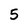
Character: 5